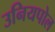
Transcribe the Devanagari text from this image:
उनियपोल